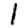
Digit: 1